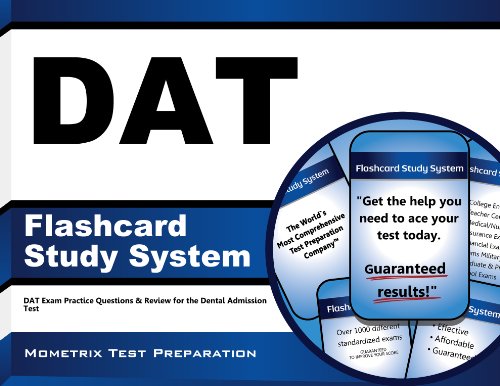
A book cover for DAT Flashcard Study System: DAT Exam Practice Questions & Review for the Dental Admission Test (Cards); DAT Exam Secrets Test Prep Team; Education & Teaching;